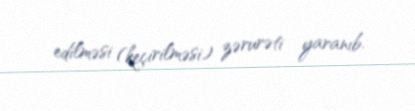
edilməsi (keçirilməsi) zərurəti yaranıb.